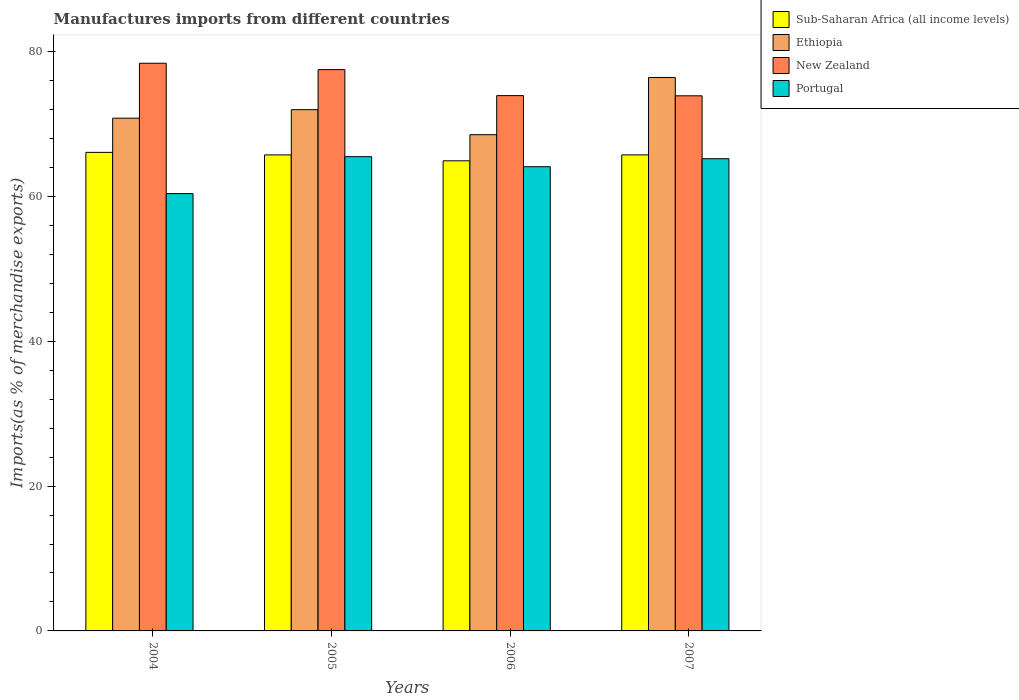
| Years | Sub-Saharan Africa (all income levels) | Ethiopia | New Zealand | Portugal |
 | --- | --- | --- | --- | --- |
 | 2004 | 66.1 | 70.8 | 78.4 | 60.4 |
 | 2005 | 65.7 | 72 | 77.5 | 65.5 |
 | 2006 | 64.9 | 68.5 | 73.9 | 64.1 |
 | 2007 | 65.7 | 76.4 | 73.9 | 65.2 |